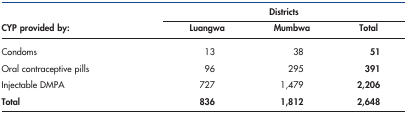
<table><thead><tr><td></td><td colspan="3"><b>Districts</b></td></tr><tr><td><b>CYP provided by:</b></td><td><b>Luangwa</b></td><td><b>Mumbwa</b></td><td><b>Total</b></td></tr></thead><tbody><tr><td>Condoms</td><td>13</td><td>38</td><td><b>51</b></td></tr><tr><td>Oral contraceptive pills</td><td>96</td><td>295</td><td><b>391</b></td></tr><tr><td>Injectable DMPA</td><td>727</td><td>1,479</td><td><b>2,206</b></td></tr><tr><td><b>Total</b></td><td><b>836</b></td><td><b>1,812</b></td><td><b>2,648</b></td></tr></tbody></table>